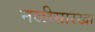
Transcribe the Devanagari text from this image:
नळीसारखा